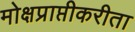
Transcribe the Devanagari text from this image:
मोक्षप्राप्तीकरीता